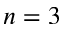
n = 3